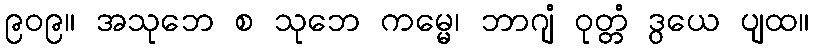
၉၀၉။ အသုဘေ စ သုဘေ ကမ္မေ၊ ဘာဂျံ ဝုတ္တံ ဒွယေ ပျထ။